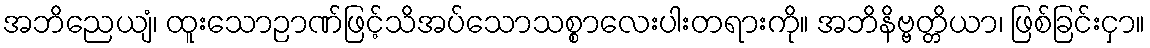
အဘိညေယျံ၊ ထူးသောဉာဏ်ဖြင့်သိအပ်သောသစ္စာလေးပါးတရားကို။ အဘိနိဗ္ဗတ္တိယာ၊ ဖြစ်ခြင်းငှာ။